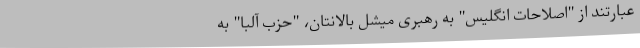
عبارتند از "اصلاحات انگلیس" به رهبری میشل بالانتان، "حزب آلبا" به